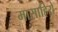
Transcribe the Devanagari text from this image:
मासाहिरो